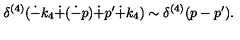
\delta ^ { ( 4 ) } ( \dot { - } k _ { 4 } \dot { + } ( \dot { - } p ) \dot { + } p ^ { \prime } \dot { + } k _ { 4 } ) \sim \delta ^ { ( 4 ) } ( p - p ^ { \prime } ) .